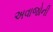
અવાજોની